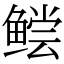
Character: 鲿